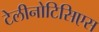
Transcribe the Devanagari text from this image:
टेलीनोटिसिएस